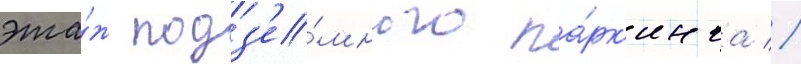
эта́ж подз'е́много па́рк'инга //